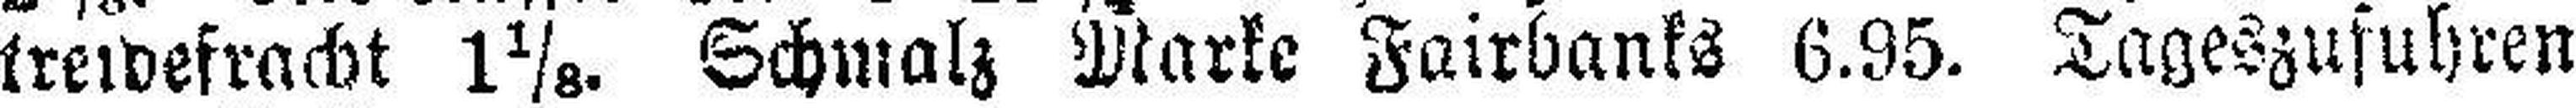
treidefracht 1⅛. Schmalz Marke Fairbanks 6.95. Tageszufuhren